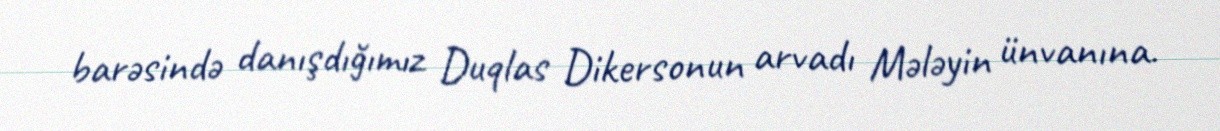
barəsində danışdığımız Duqlas Dikersonun arvadı Mələyin ünvanına.